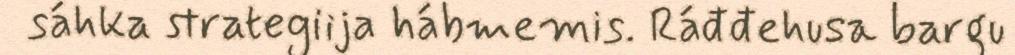
sáhka strategiija hábmemis. Ráđđehusa bargu